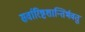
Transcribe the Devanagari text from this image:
सर्वारिष्टशान्तिर्भवतु